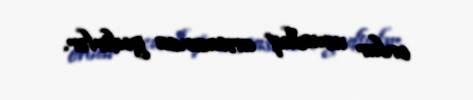
onlar ucuzluq arxasınca gedirlər.